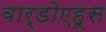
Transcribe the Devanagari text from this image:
वार्डोएहूस